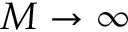
M \to \infty